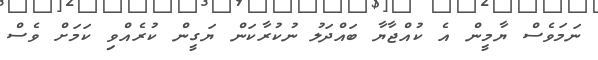
ނަމަވެސް ޔާމީން އެ ކުއްޖާޔާ ބައްދަލު ނުކުރާކަން ޔަގީން ކުރެއްވި ކަމަށް ވެސް